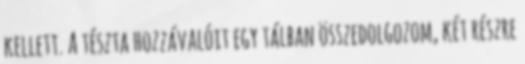
kellett. A tészta hozzávalóit egy tálban összedolgozom, két részre